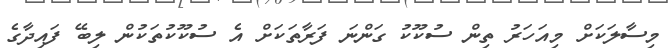
މިސާލަކަށް މިއަހަރު ތިން ސުކޫކު ގަންނަ ފަރާތަކަށް އެ ސުކޫކުތަކުން ލިބޭ ފައިދާގެ